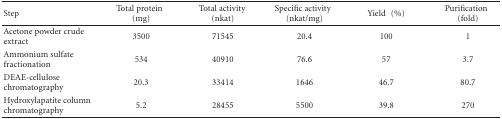
<table><thead><tr><td><b>Step</b></td><td><b>Total protein(mg)</b></td><td><b>Total activity (nkat)</b></td><td><b>Specific activity(nkat/mg)</b></td><td><b>Yield (%)</b></td><td><b>Purification(fold)</b></td></tr></thead><tbody><tr><td>Acetone powder crude extract</td><td>3500</td><td>71545</td><td>20.4</td><td>100</td><td>1</td></tr><tr><td>Ammonium sulfate fractionation</td><td>534</td><td>40910</td><td>76.6</td><td>57</td><td>3.7</td></tr><tr><td>DEAE-cellulose chromatography</td><td>20.3</td><td>33414</td><td>1646</td><td>46.7</td><td>80.7</td></tr><tr><td>Hydroxylapatite column chromatography</td><td>5.2</td><td>28455</td><td>5500</td><td>39.8</td><td>270</td></tr></tbody></table>